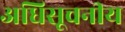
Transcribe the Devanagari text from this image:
अधिसूचनीय